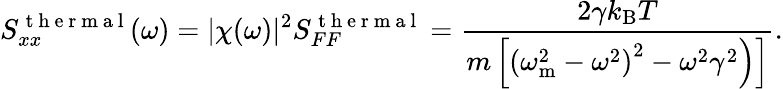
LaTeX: S_{xx}^{\mathrm{~t~h~e~r~m~a~l~}}(\omega)=|\chi(\omega)|^{2}S_{FF}^{\mathrm{~t~h~e~r~m~a~l~}}=\frac{2\gamma k_{\mathrm{B}}T}{\left.m\left[\left(\omega_{\mathrm{m}}^{2}-\omega^{2}\right)^{2}-\omega^{2}\gamma^{2}\right)\right]}.